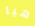
هيا